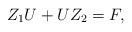
LaTeX: \begin{align*}Z_1U + UZ_2 = F,\end{align*}